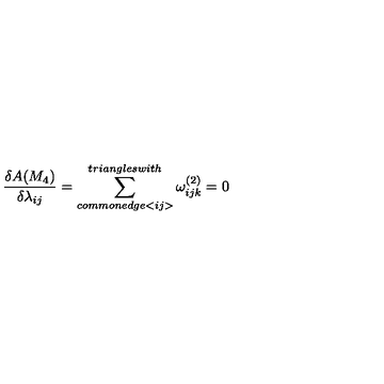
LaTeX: \frac { \delta A ( M _ { 4 } ) } { \delta \lambda _ { i j } } = \sum _ { c o m m o n e d g e < i j > } ^ { t r i a n g l e s w i t h } \omega _ { i j k } ^ { ( 2 ) } = 0